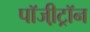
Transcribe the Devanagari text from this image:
पॉजी़ट्रॉन